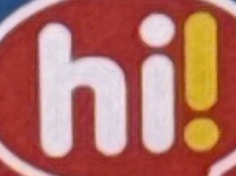
hi!